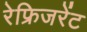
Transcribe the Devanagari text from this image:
रेफ्रिजरेंट